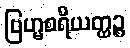
ဗြဟ္မစရိယတ္ထဉ္စ